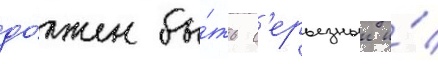
до́лжен бы́ть с'ерьезныи и́